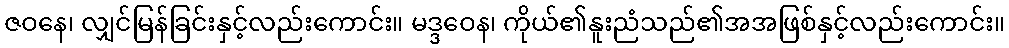
ဇဝနေ၊ လျှင်မြန်ခြင်းနှင့်လည်းကောင်း။ မဒ္ဒဝေန၊ ကိုယ်၏နူးညံသည်၏အအဖြစ်နှင့်လည်းကောင်း။